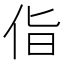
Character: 𪜵